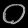
Digit: ၀